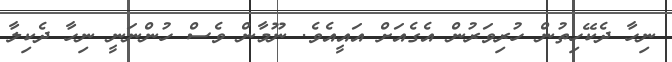
ނިހާ ދެކޭހިތުން ހުރިވަރުން އެގެއަށް އައީއެވެ. ނޫމާން ވެސް ހުންނަނީ ނިހާ ދެކިލާ